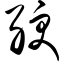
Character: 绠